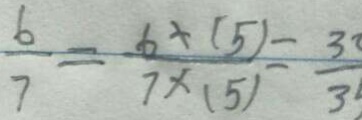
\frac { 6 } { 7 } = \frac { 6 \times ( 5 ) } { 7 \times ( 5 ) } - \frac { 3 } { 3 }